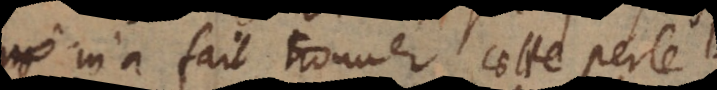
m’a fait trouver cette perle.